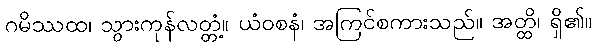
ဂမိဿထ၊ သွားကုန်လတ္တံ့။ ယံဝစနံ၊ အကြင်စကားသည်။ အတ္ထိ၊ ရှိ၏။